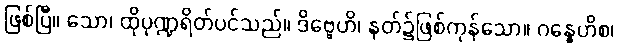
ဖြစ်ပြီ။ သော၊ ထိုပုဏ္ဍရိတ်ပင်သည်။ ဒိဗ္ဗေဟိ၊ နတ်၌ဖြစ်ကုန်သော။ ဂန္ဓေဟိစ၊